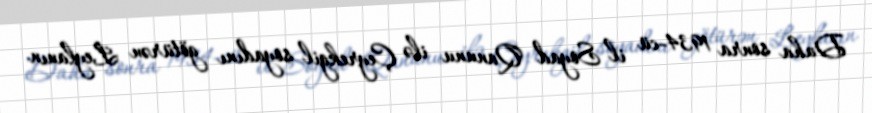
Daha sonra 1934-cü il Soyad Qanunu ilə Çeyrekgil soyadını götürən Leylanın